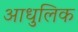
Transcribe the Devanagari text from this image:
आधुलिक